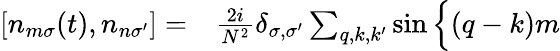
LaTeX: \begin{array}{rl}{\left[n_{m\sigma}(t),n_{n\sigma^{\prime}}\right]=}&{{}\frac{2i}{N^{2}}\delta_{\sigma,\sigma^{\prime}}\sum_{q,k,k^{\prime}}\sin\Big\{ (q-k)m}\end{array}